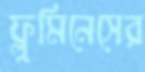
ফ্লুমিনেসের